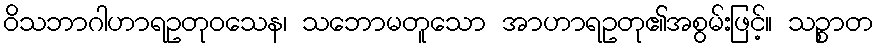
ဝိသဘာဂါဟာရဥတုဝသေန၊ သဘောမတူသော အာဟာရဥတု၏အစွမ်းဖြင့်။ သဉ္စာတ